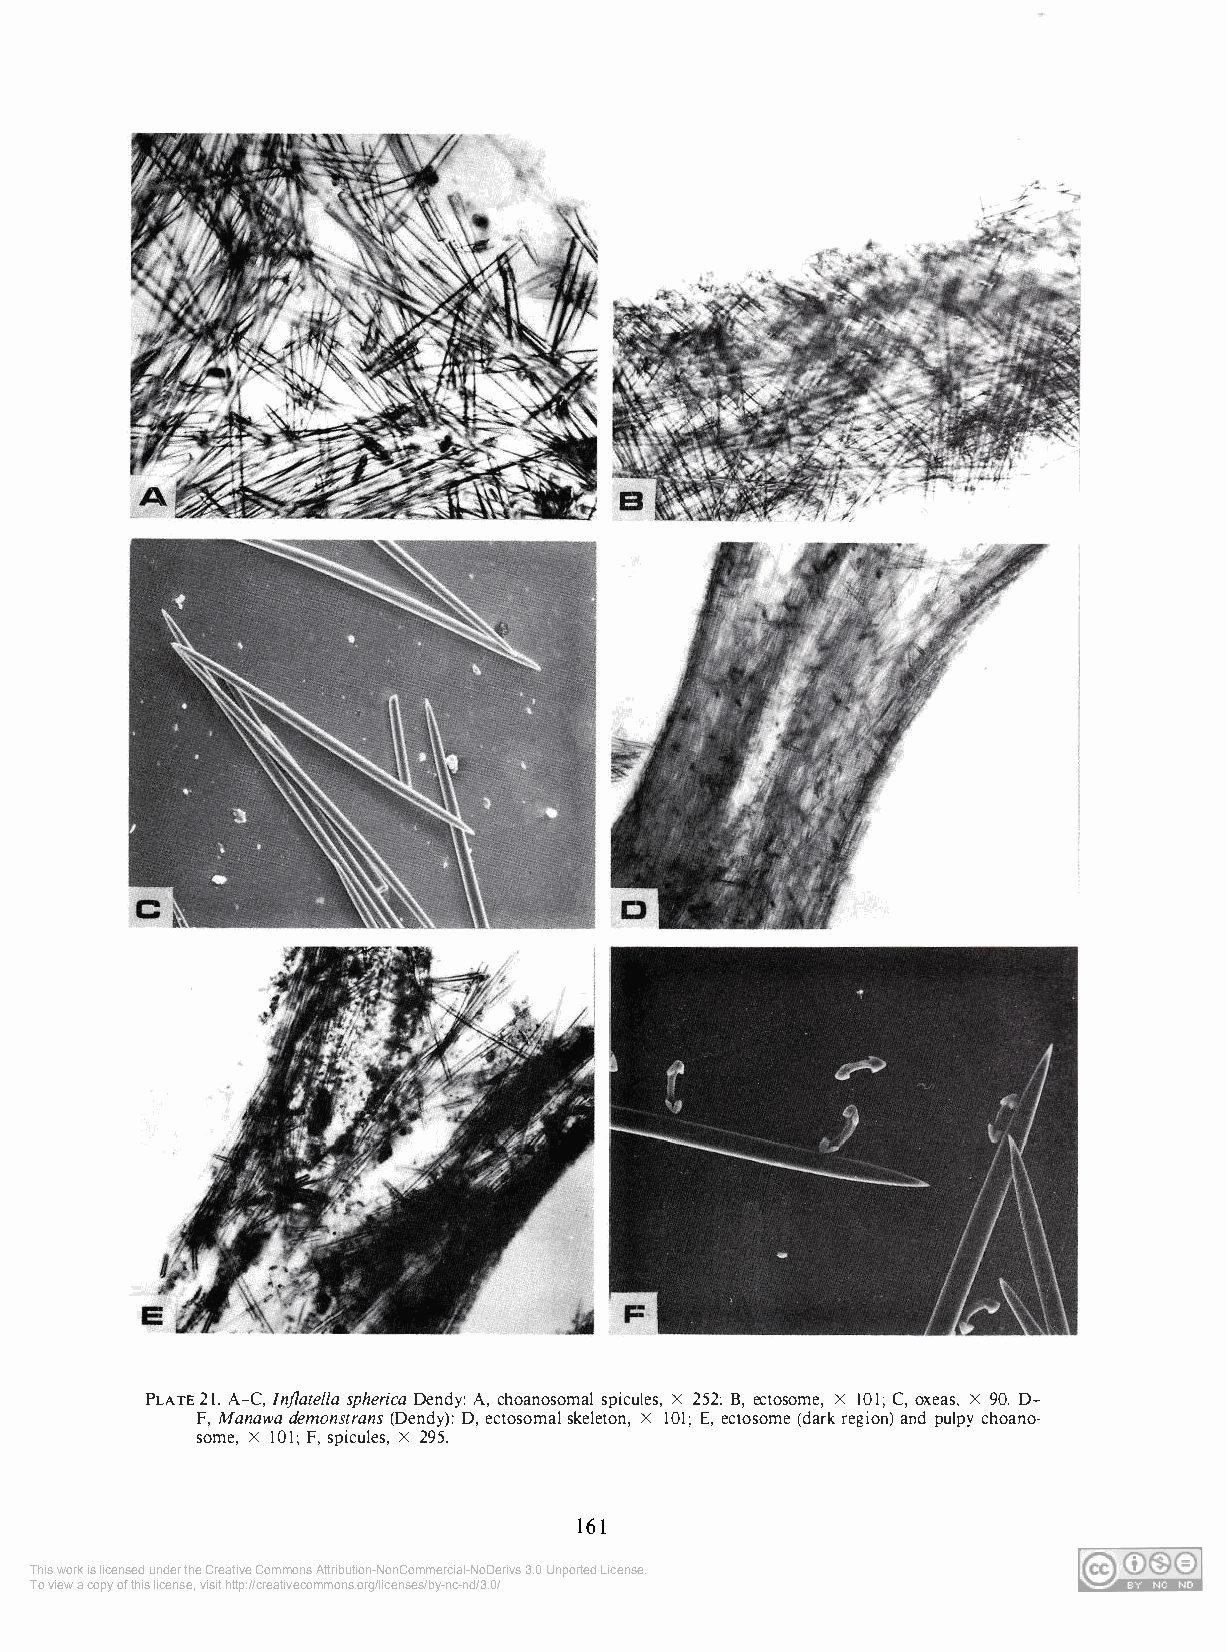
PLATE 21. A-C, Inflate/la spherica Dendy: A, choanosomal spicules, X 252; B, ectosome, X 101; C, oxeas, X 90. D­
 F, Manawa demonstrans (Dendy): D, ectosomal skeleton, X 101; E, ectosome (dark region) and pulpy choano­
 some, X IOI; F, spicules, X 295.
 161
 This work is licensed under the Creative Commons Attribution-NonCommercial-NoDerivs 3.0 Unported License.
 To view a copy of this license, visit http://creativecommons.org/licenses/by-nc-nd/3.0/